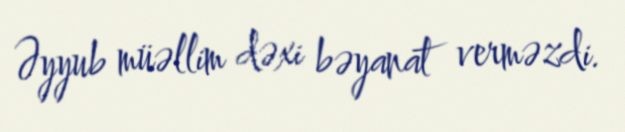
Əyyub müəllim dəxi bəyanat verməzdi.